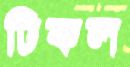
ঢিকল